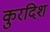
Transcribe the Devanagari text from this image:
कुरदिश